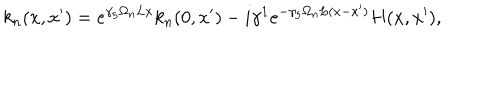
k _ { n } ( x , x ^ { \prime } ) = e ^ { \gamma _ { 5 } \Omega _ { n } L x } k _ { n } ( 0 , x ^ { \prime } ) - i \gamma ^ { 1 } e ^ { - \gamma _ { 5 } \Omega _ { n } L ( x - x ^ { \prime } ) } H ( x , x ^ { \prime } ) ,